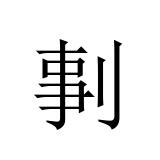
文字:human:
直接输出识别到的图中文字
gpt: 剚